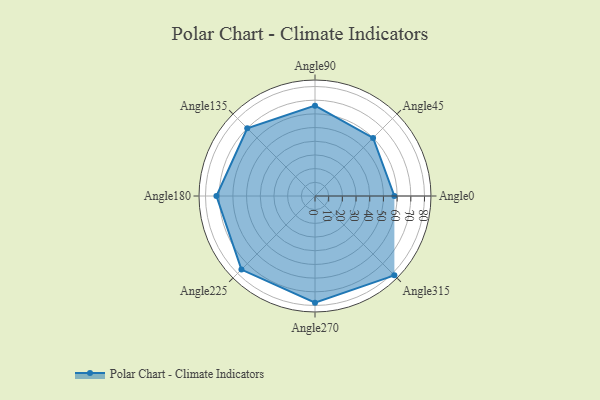
{"axis": {"x": "Angle", "y": "Radius"}, "legend": [""], "data": [{"x": "Angle0", "y": 58.0, "type": ""}, {"x": "Angle45", "y": 60.0, "type": ""}, {"x": "Angle90", "y": 66.0, "type": ""}, {"x": "Angle135", "y": 70.0, "type": ""}, {"x": "Angle180", "y": 72.0, "type": ""}, {"x": "Angle225", "y": 76.0, "type": ""}, {"x": "Angle270", "y": 78.0, "type": ""}, {"x": "Angle315", "y": 82.0, "type": ""}]}